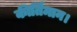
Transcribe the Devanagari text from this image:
कीर्तिमान।